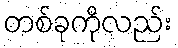
တစ်ခုကိုလည်း